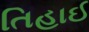
તિહાઈ